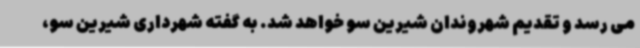
می رسد و تقدیم شهروندان شیرین سو خواهد شد. به گفته شهرداری شیرین سو،